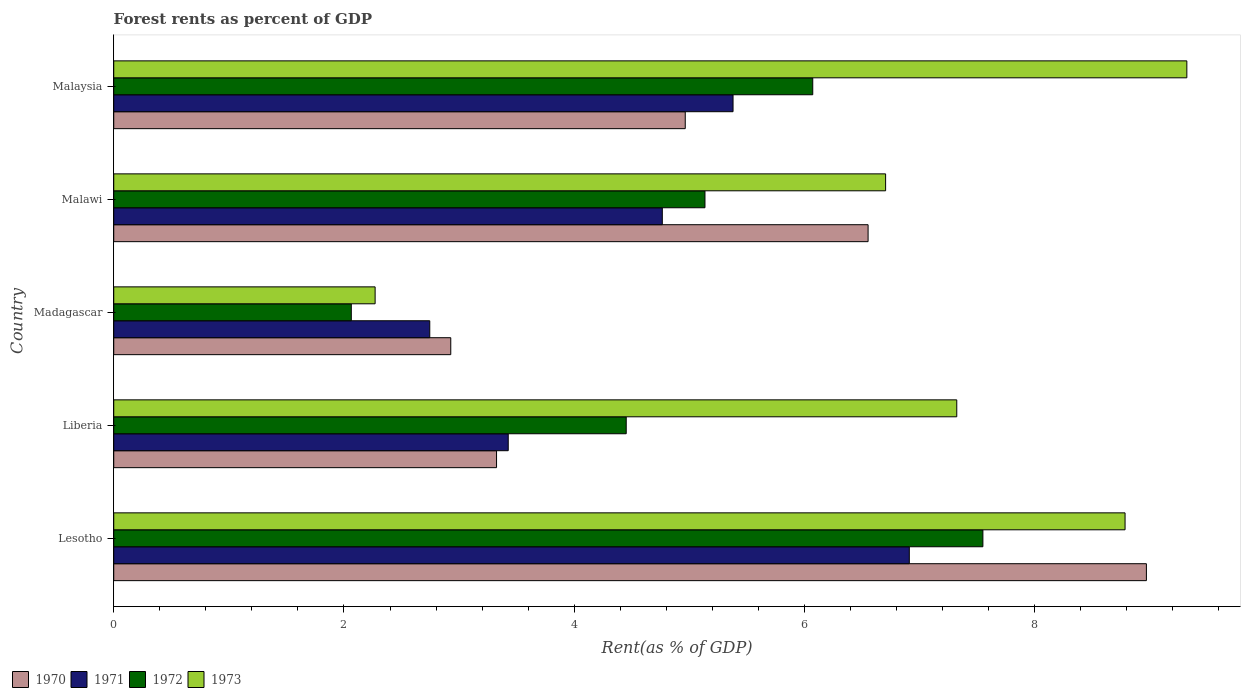
| Country | 1970 | 1971 | 1972 | 1973 |
 | --- | --- | --- | --- | --- |
 | Lesotho | 8.97 | 6.91 | 7.55 | 8.79 |
 | Liberia | 3.33 | 3.43 | 4.45 | 7.32 |
 | Madagascar | 2.93 | 2.75 | 2.06 | 2.27 |
 | Malawi | 6.55 | 4.77 | 5.14 | 6.71 |
 | Malaysia | 4.96 | 5.38 | 6.07 | 9.32 |